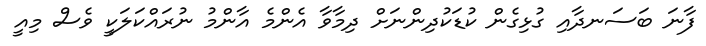
ފާނަ ބަސަނދާއި ގުޅިގެން ކުޑަކުދިންނަށް ދިމާވާ އެންމެ އާންމު ނުރައްކަލަކީ ވެސް މިއީ